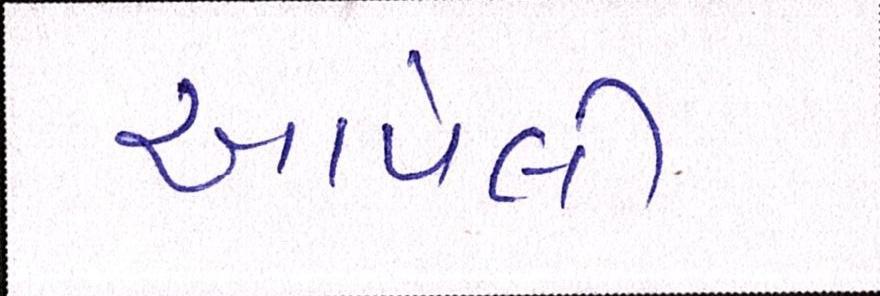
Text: આપેલી